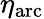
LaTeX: \eta_{\mathrm{arc}}